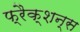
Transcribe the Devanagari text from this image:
फ्रैक्शन्स